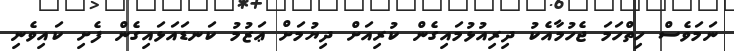
ނަމަވެސް ހިތްހަމަ ޖެހުމާއެކު ދިރިއުޅުމައިގެން ކުރިއަށް ދިޔުމަށް ޢަޒުމު ކަނޑައަޅައިގެން ފެށި ކައިވެނި